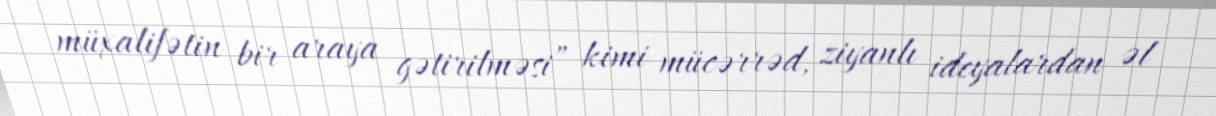
müxalifətin bir araya gətirilməsi” kimi mücərrəd, ziyanlı ideyalardan əl